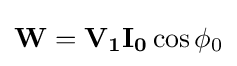
\mathbf {W} =\mathbf {V_{1}} \mathbf {I_{0}} \cos \phi _{0}